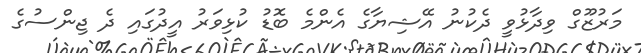
މަރުޒޫގް ވިދާޅުވީ ދެކުނު އޭޝިޔާގެ އެންމެ ބޮޑު ކުޅިވަރު އީދުގައި ދެ ޖިންސުގެ